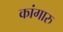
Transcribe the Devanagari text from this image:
कांगारु